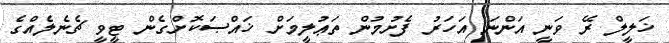
ޚަލީލް ރޭ ވަނީ އަންނަ އަހަރު ފެށުމުން ތަޢުލީމަށް ޚައްޞަކޮށްގެން ޓީވީ ޗެނެލެއްގެ